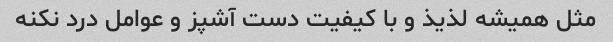
مثل همیشه لذیذ و با کیفیت دست آشپز و عوامل درد نکنه